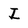
Character: I